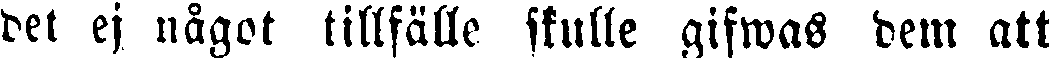
det ej något tillfälle skulle gifwas dem att